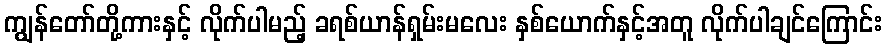
ကျွန်တော်တို့ကားနှင့် လိုက်ပါမည့် ခရစ်ယာန်ရှမ်းမလေး နှစ်ယောက်နှင့်အတူ လိုက်ပါချင်ကြောင်း